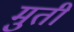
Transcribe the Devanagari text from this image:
मुतीं